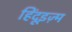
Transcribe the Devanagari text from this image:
हिंदूइज़्म